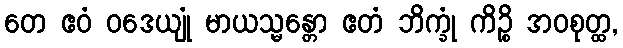
တေ ဧဝံ ဝဒေယျုံ မာယသ္မန္တော ဧတံ ဘိက္ခုံ ကိဉ္စိ အဝစုတ္ထ,